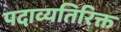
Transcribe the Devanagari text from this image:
पदाव्यतिरिक्त